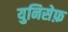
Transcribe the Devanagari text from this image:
युनिसेफ़